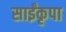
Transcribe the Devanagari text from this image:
साईंकृपा